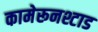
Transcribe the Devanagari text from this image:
कामेरूनश्टाड